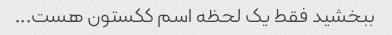
ببخشید فقط یک لحظه اسم ککستون هست...